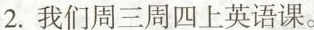
2.我们周三周四上英语课。